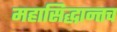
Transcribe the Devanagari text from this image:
महासिद्धान्तच